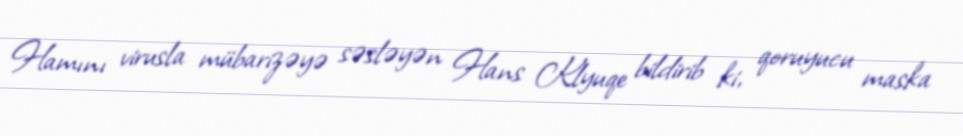
Hamını virusla mübarizəyə səsləyən Hans Klyuqe bildirib ki, qoruyucu maska